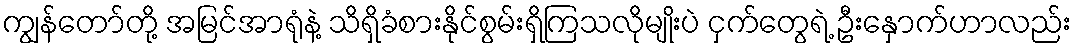
ကျွန်တော်တို့ အမြင်အာရုံနဲ့ သိရှိခံစားနိုင်စွမ်းရှိကြသလိုမျိုးပဲ ငှက်တွေရဲ့ ဦးနှောက်ဟာလည်း